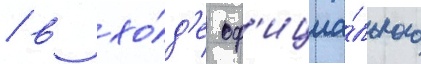
/ в хо́д'е оф'ициа́льного